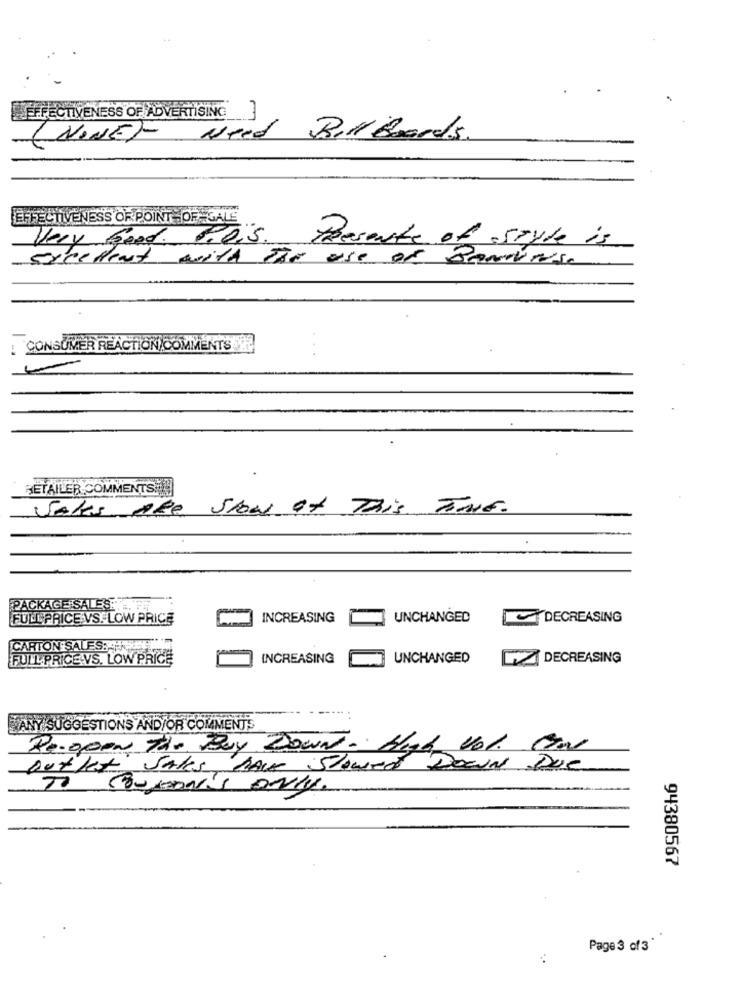
EFFECTIVENESS OF ADVERTISING
(NONE)- Need Billboards
EFFECTIVENESS OF POINT -OF-GALE
Very Good. Poi's
Presente of style is
excellent with The use of Ranumise
: CONSUMER REACTION)COMMENTS
RETAILER COMMENTS !
VAles ARE Slow at This TIME.
PACKAGE SALES.T.
FULLPRICE VS. LOW PRICE
INCREASING
UNCHANGED
DECREASING
CARTON SALES:A.S
FULL PRICE.VS. LOW PRICE
INCREASING
UNCHANGED
DECREASING
WANY SUGGESTIONS AND/OR COMMENTS
Re-Open The Bay Down - Hled Vol. Con
outlet Sales, have Slowed Down Due
TO BURTON'S ONLY.
94380567
Page 3 of3